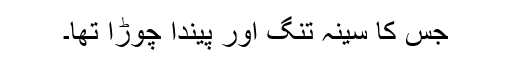
جس کا سینہ تنگ اور پیندا چوڑا تھا۔